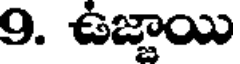
9. ఉజ్జాయి